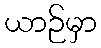
ယာဉ်မှာ